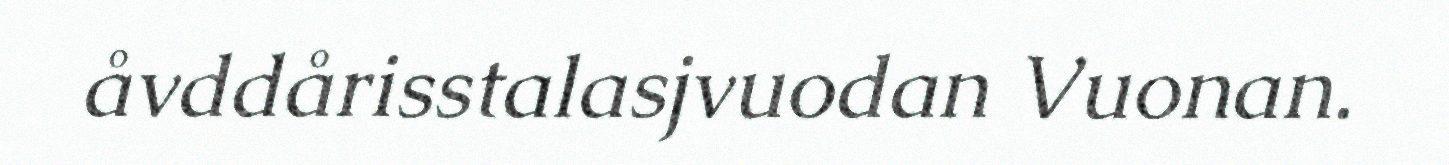
åvddårisstalasjvuodan Vuonan.